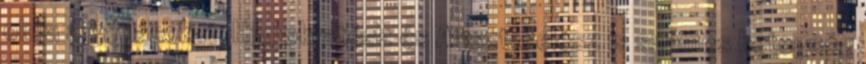
oldja a gátlásokat. Hippokratész és Arisztotelész is számos betegség